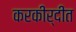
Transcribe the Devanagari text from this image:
करकीर्दीत